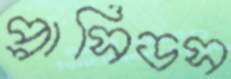
প্লাসিডস